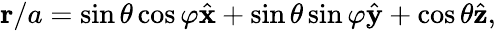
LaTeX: \begin{array}{r}{\mathbf{r}/a=\sin\theta\cos\varphi\hat{\mathbf{x}}+\sin\theta\sin\varphi\hat{\mathbf{y}}+\cos\theta\hat{\mathbf{z}},}\end{array}